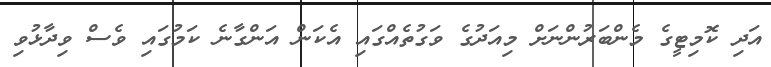
އަދި ކޮމިޓީގެ މެންބަރުންނަށް މިއަދުގެ ވަގުތެއްގައި އެކަން އަންގާނެ ކަމުގައި ވެސް ވިދާޅުވި